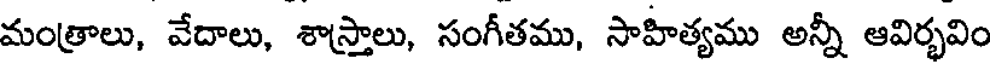
మంత్రాలు, వేదాలు, శాస్త్రాలు, సంగీతము, సాహిత్యము అన్నీ ఆవిర్భవిం